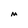
Character: m